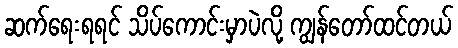
ဆက်ရေးရရင် သိပ်ကောင်းမှာပဲလို့ ကျွန်တော်ထင်တယ်